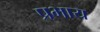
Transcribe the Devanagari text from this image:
प्रभाय